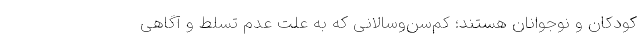
کودکان و نوجوانان هستند؛ کم‌سن‌وسالانی که به علت عدم تسلط و آگاهی